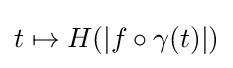
t\mapsto H(|f\circ \gamma (t)|)